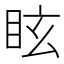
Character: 眩